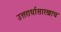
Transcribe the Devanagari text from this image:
उत्तरार्धासारखाच